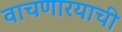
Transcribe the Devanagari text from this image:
वाचणारयाची